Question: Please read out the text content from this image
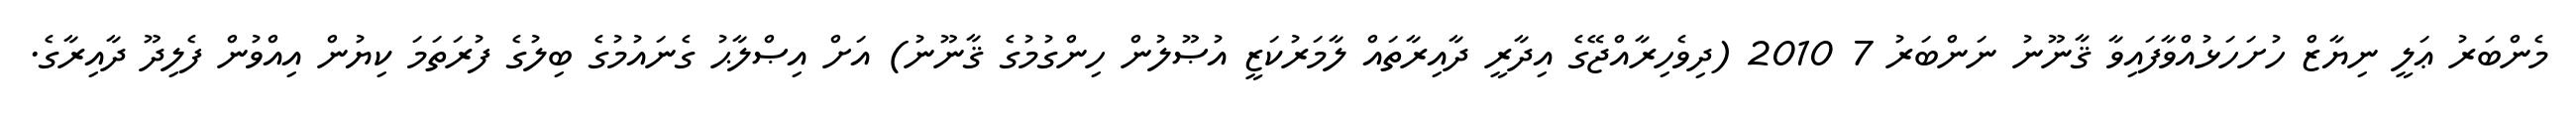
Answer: މެންބަރު ޢަލީ ނިޔާޒް ހުށަހަޅުއްވާފައިވާ ޤާނޫނު ނަންބަރު 7 2010 (ދިވެހިރާއްޖޭގެ އިދާރީ ދާއިރާތައް ލާމަރުކަޒީ އުޞޫލުން ހިންގުމުގެ ޤާނޫނު) އަށް އިޞްލާޙު ގެނައުމުގެ ބިލުގެ ފުރަތަމަ ކިޔުން އިއްވުން ފެލިދޫ ދާއިރާގެ.